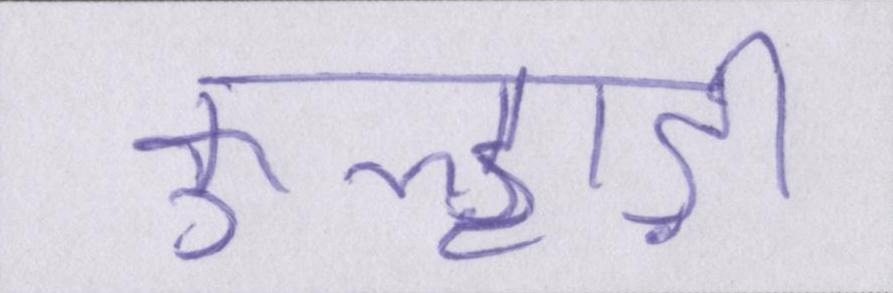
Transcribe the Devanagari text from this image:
कुल्हाड़ी